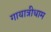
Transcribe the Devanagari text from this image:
गायात्रीधाम